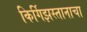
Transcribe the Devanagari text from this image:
किर्गिझस्तानाचा